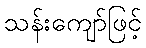
သန်းကျော်ဖြင့်